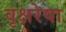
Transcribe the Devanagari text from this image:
वृक्षरेषा